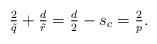
LaTeX: \begin{align*}\tfrac{2}{\tilde q}+\tfrac{d}{\tilde r} = \tfrac{d}{2}-s_c=\tfrac{2}{p}.\end{align*}